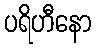
ပရိဟီနော